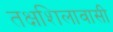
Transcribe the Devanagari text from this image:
तक्षशिलावासी